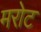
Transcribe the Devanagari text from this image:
मरोट